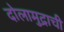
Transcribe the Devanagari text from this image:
दोलामुद्राची